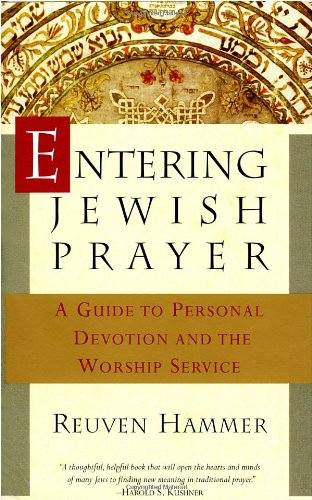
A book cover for Entering Jewish Prayer: A Guide to Personal Devotion and the Worship Service; Reuven Hammer; Religion & Spirituality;